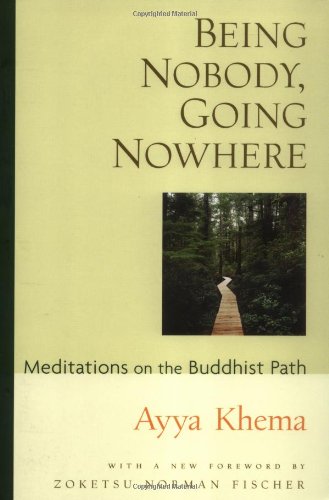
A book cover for Being Nobody, Going Nowhere: Meditations on the Buddhist Path; Ayya Khema; Religion & Spirituality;